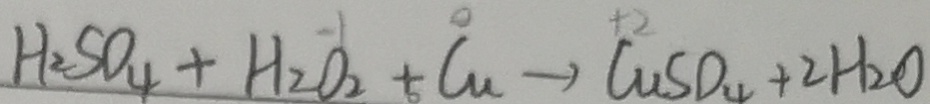
H _ { 2 } S O _ { 4 } + H _ { 2 } O _ { 2 } + C u \rightarrow C u S O _ { 4 } + 2 H _ { 2 } O